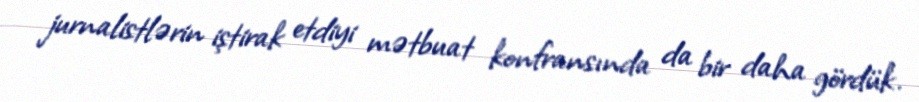
jurnalistlərin iştirak etdiyi mətbuat konfransında da bir daha gördük.